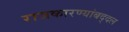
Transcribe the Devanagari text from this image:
राजकारण्यांबद्दल